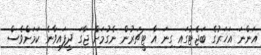
އަންނަ އަހަރުގެ ބަޖެޓުގައި ގިނަ އާ ޓީޗަރުން ނެގުމަށް ޖާގަ ދީފައިވާނެ ކަމަށްވެސް